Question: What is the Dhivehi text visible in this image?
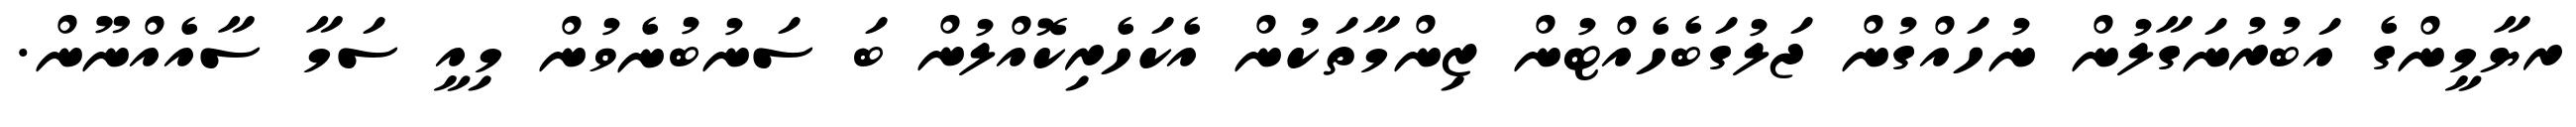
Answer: ރޔާމީންގެ އަބުރުނަގާލުން ނުހައްގުން ޖަލުގަބެހެއްޓުން ޒިންމާތަކުން އެކަހެރިކޮއްލުން ބަ ސަނުބުނެވުން މިއީ ސަމާ ސާއެއްނޫން.